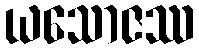
ယသောဇဿ